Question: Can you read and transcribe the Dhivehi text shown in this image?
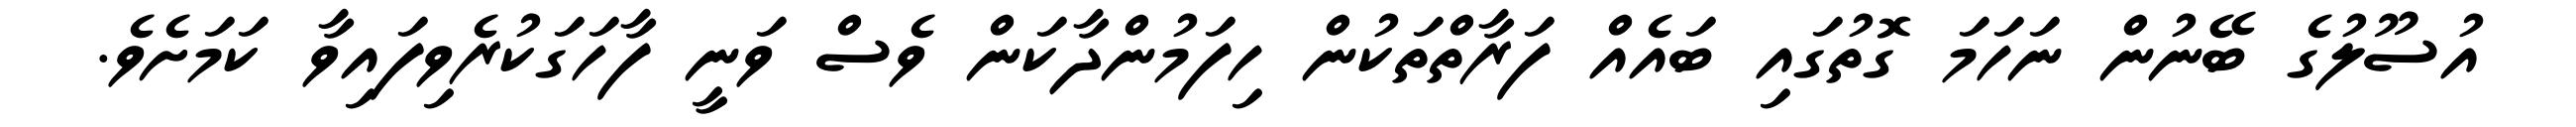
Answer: އުސޫލުގެ ބޭނުން ނަހަމަ ގޮތުގައި ބައެއް ފަރާތްތަކުން ހިފަމުންދާކަން ވެސް ވަނީ ފާހަގަކުރެވިފައިވާ ކަމަށެވެ.